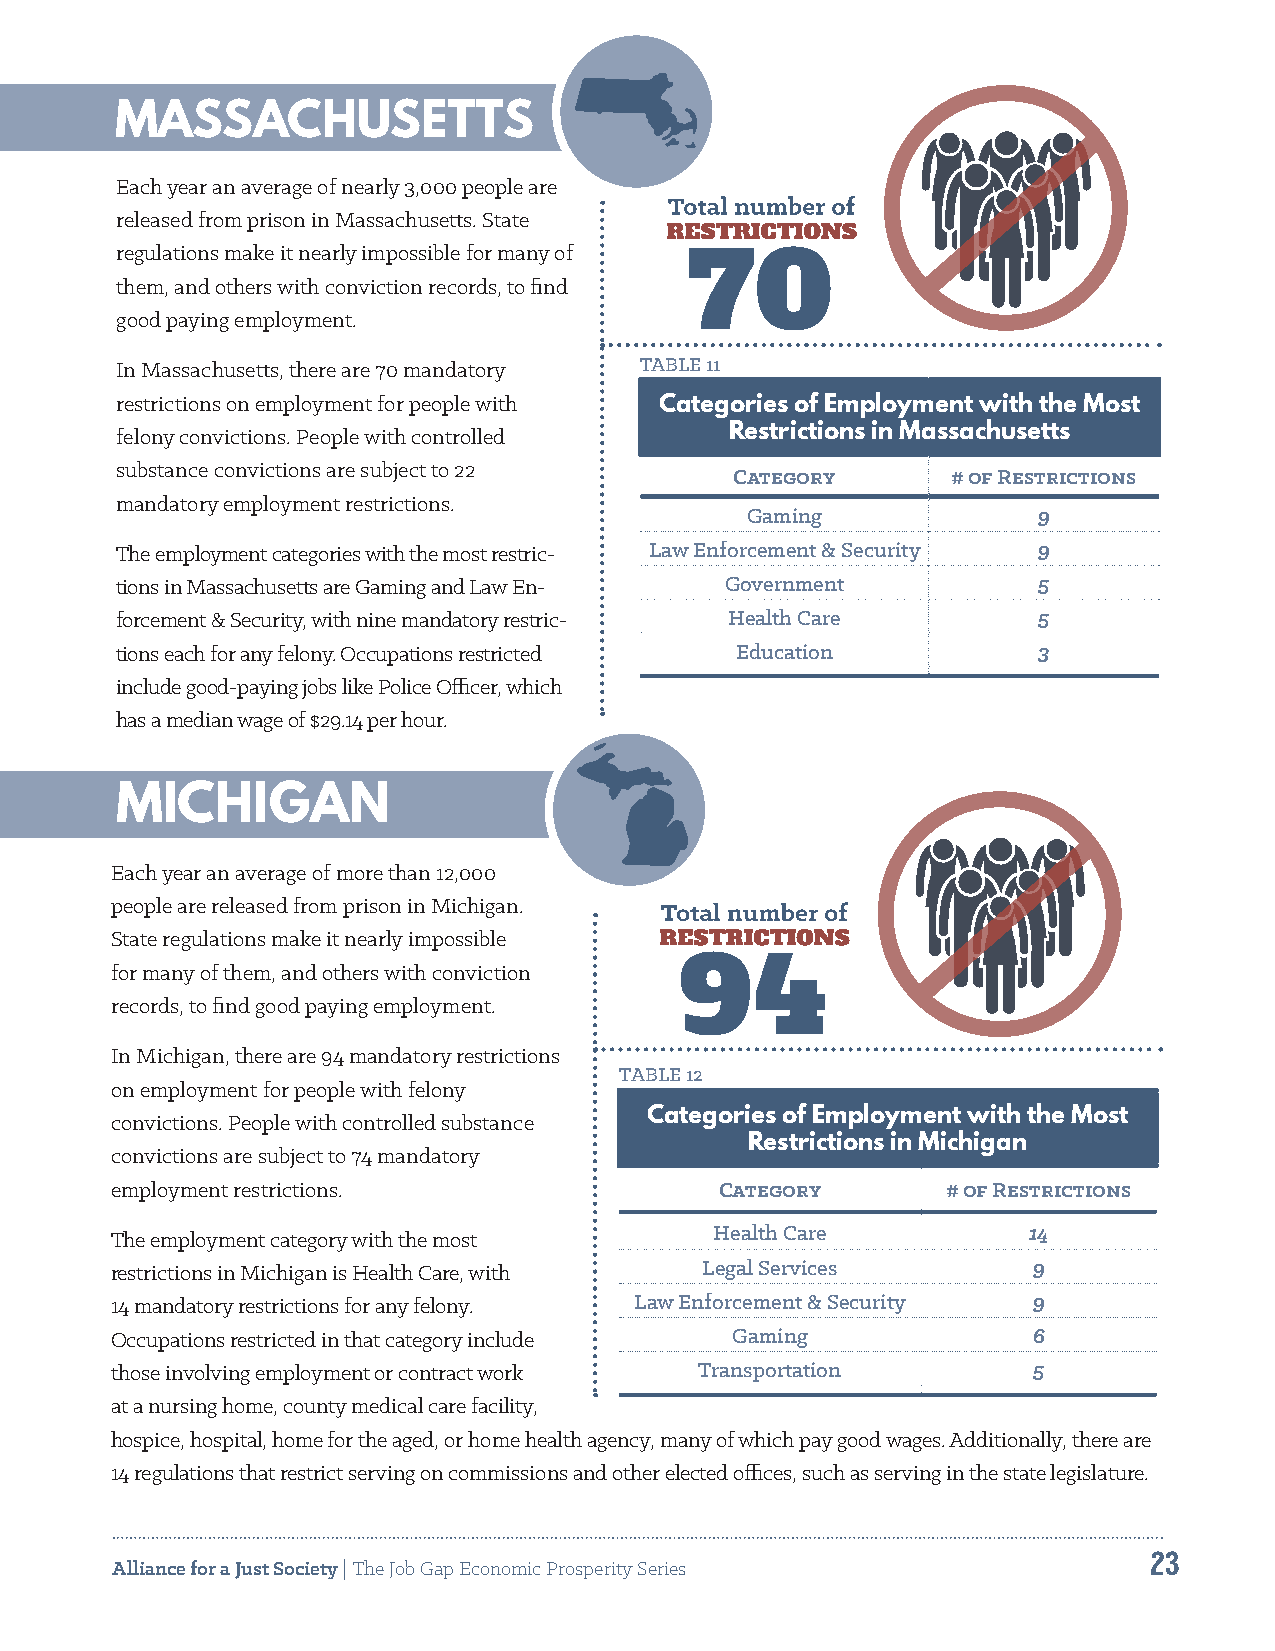
MASSACHUSETTS
 Each year an average of nearly 3,000 people are
 released from prison in Massachusetts. State
 regulations make it nearly impossible for many of
 70
 them, and others with conviction records, to find
 good paying employment.
 In Massachusetts, there are 70 mandatory TABLE 11
 restrictions on employment for people with Categories of Employment with the Most
 felony convictions. People with controlled Restrictions in Massachusetts
 substance convictions are subject to 22
 Category      # of Restrictions
 mandatory employment restrictions.
 Gaming              9
 The employment categories with the most restric- Law Enforcement & Security 9
 tions in Massachusetts are Gaming and Law En- Government     5
 forcement & Security, with nine mandatory restric- Health Care 5
 tions each for any felony. Occupations restricted Education  3
 include good-paying jobs like Police Officer, which
 has a median wage of $29.14 per hour.
 MICHIGAN
 Each year an average of more than 12,000
 people are released from prison in Michigan.
 State regulations make it nearly impossible
 for many of them, and others with conviction 94
 records, to find good paying employment.
 In Michigan, there are 94 mandatory restrictions
 TABLE 12
 on employment for people with felony
 convictions. People with controlled substance Categories of Employment with the Most
 Restrictions in Michigan
 convictions are subject to 74 mandatory
 employment restrictions.                 Category       # of Restrictions
 The employment category with the most   Health Care          14
 restrictions in Michigan is Health Care, with Legal Services 9
 14 mandatory restrictions for any felony. Law Enforcement & Security 9
 Occupations restricted in that category include Gaming       6
 those involving employment or contract work Transportation   5
 at a nursing home, county medical care facility,
 hospice, hospital, home for the aged, or home health agency, many of which pay good wages. Additionally, there are
 14 regulations that restrict serving on commissions and other elected offices, such as serving in the state legislature.
 23
 Alliance for a Just Society | The Job Gap Economic Prosperity Series